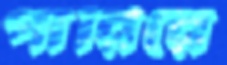
পারিরে